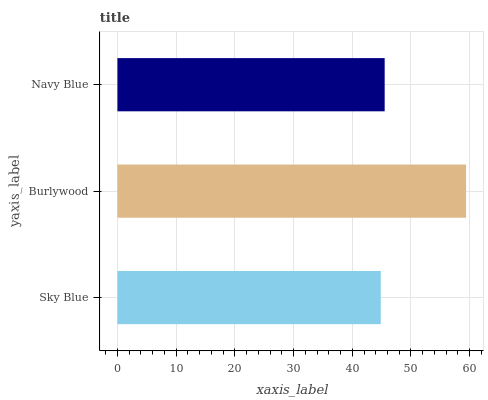
| yaxis_label | bars |
 | --- | --- |
 | Sky Blue | 44.9 |
 | Burlywood | 59.4 |
 | Navy Blue | 45.5 |